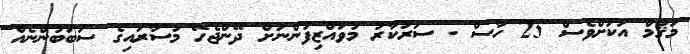
މަޤާމް އަކަށްވެސް 25 ހާސް . ސަރުކާރު މުވައްޒިިފުންނަށް ދޭންޖެހޭ މުސާރައިގެ ސަބަބުންނެއް